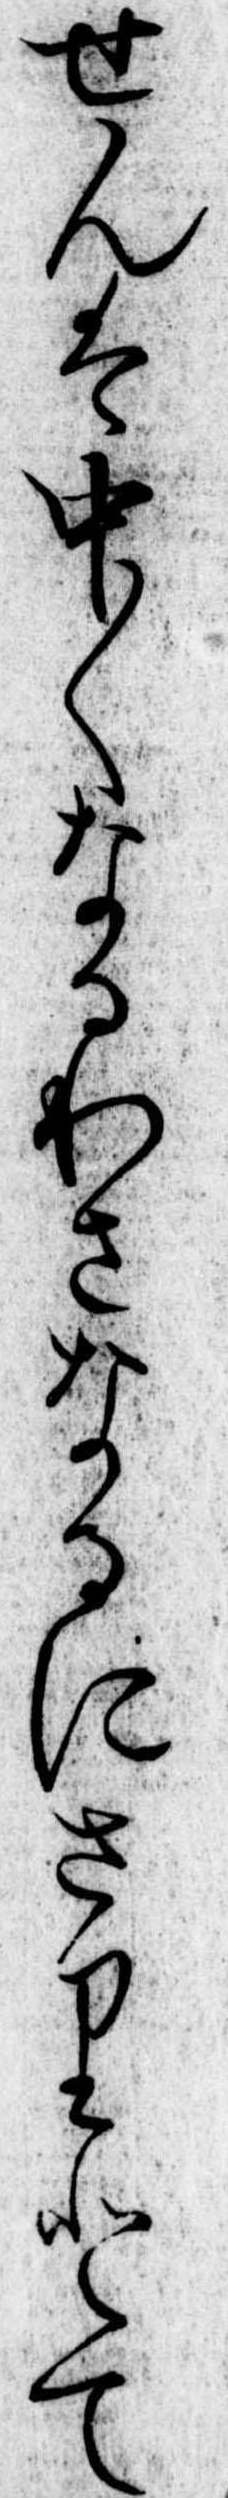
せんは中〱なるわさなるにさりとて